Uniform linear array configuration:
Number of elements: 4
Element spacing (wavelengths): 1
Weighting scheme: cosine
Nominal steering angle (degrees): -15
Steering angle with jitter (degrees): -15.434
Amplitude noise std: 0.05
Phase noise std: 0.05

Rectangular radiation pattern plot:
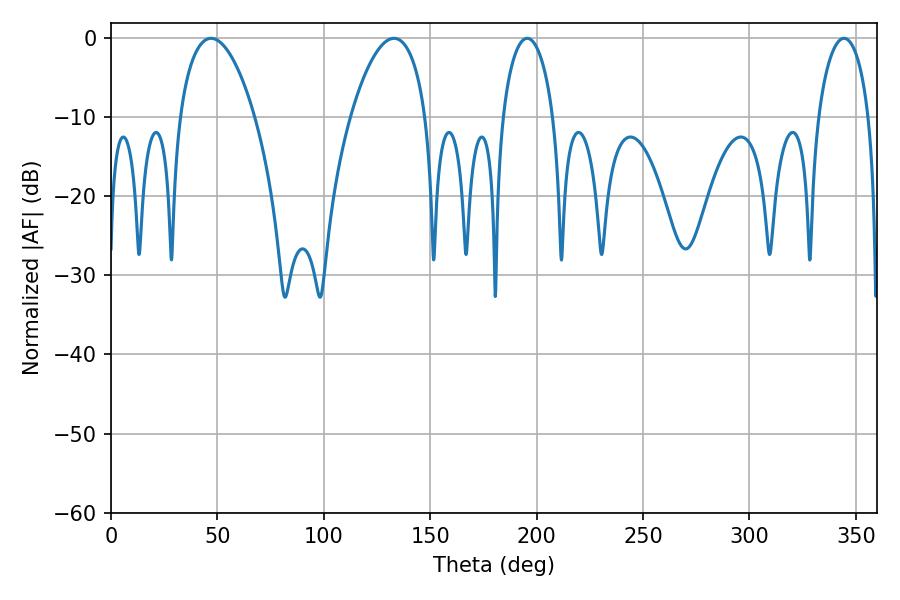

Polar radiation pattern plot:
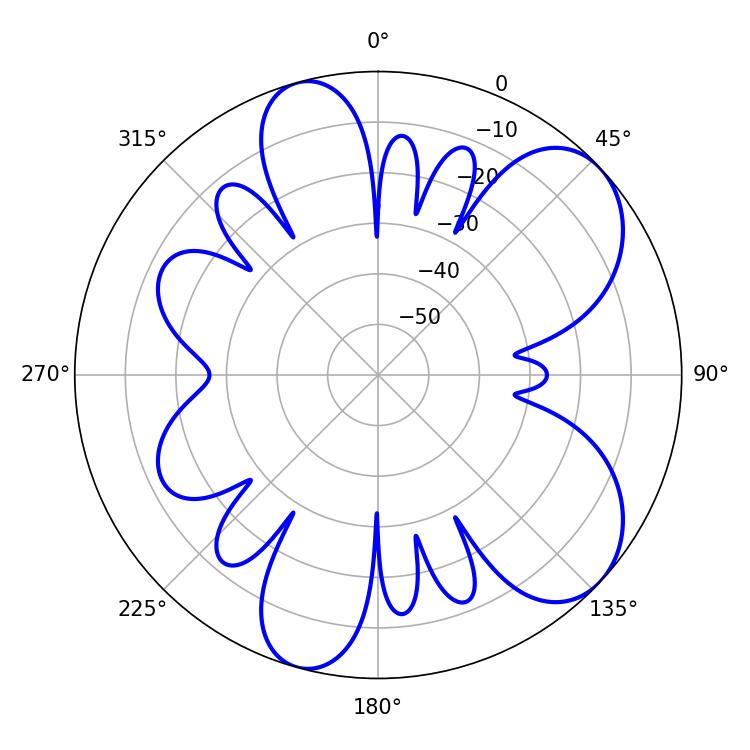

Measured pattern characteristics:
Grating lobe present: TRUE
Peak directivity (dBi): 7.317
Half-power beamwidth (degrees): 19.8
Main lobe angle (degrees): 46.98